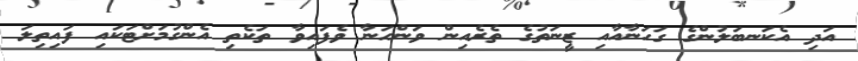
އަދި އެކަނބަލުންގެ ގަހަނާއާއި ޒީނަތުގެ ތެރެއިން ވަންހަނާ ވެފައިވާ ތަކެތި އެންގުމަށްޓަކައި ފައިތިލަ